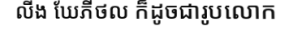
លីង ឃែភីថល ក៏ដូចជារូបលោក